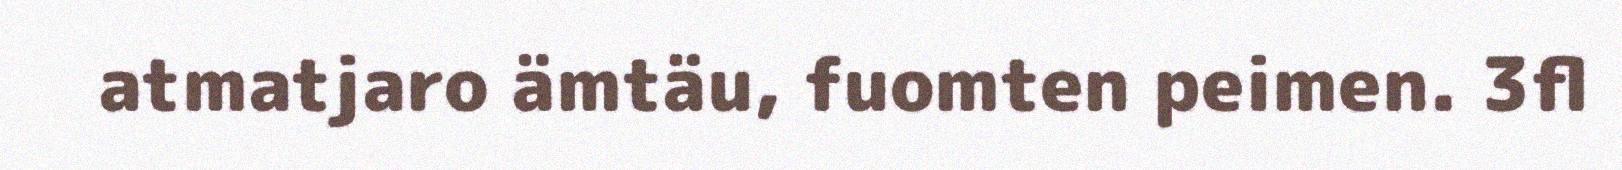
atmatjaro ämtäu, fuomten peimen. 3fl